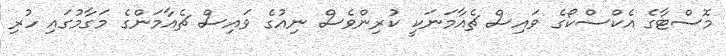
މޮސްޓާގެ އެކްސްކޯގެ ވައިސް ޗެއާމަނަކީ ކުރިންވެސް ނިއުގެ ވައިސް ޗެއާމަންގެ މަގާމުގައި ހުރި